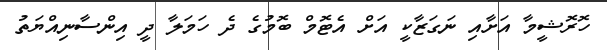
ހޮރޮޝީމާ އަށާއި ނަގަޒާކީ އަށް އެޓޮމް ބޮމުގެ ދެ ހަމަލާ ދީ އިންސާނިއްޔަތު